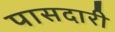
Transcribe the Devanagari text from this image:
पासदारी